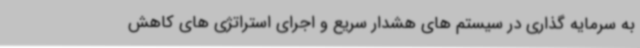
به سرمایه گذاری در سیستم های هشدار سریع و اجرای استراتژی های کاهش